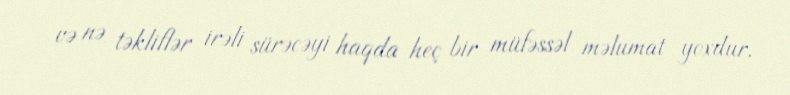
və nə təkliflər irəli sürəcəyi haqda heç bir müfəssəl məlumat yoxdur.